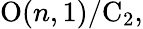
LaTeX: \mathrm{O}(n,1)/\mathrm{C}_{2},